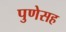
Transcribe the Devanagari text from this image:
पुणेसह